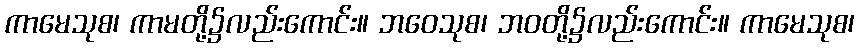
ကာမေသုစ၊ ကာမတို့၌လည်းကောင်း။ ဘဝေသုစ၊ ဘဝတို့၌လည်းကောင်း။ ကာမေသုစ၊